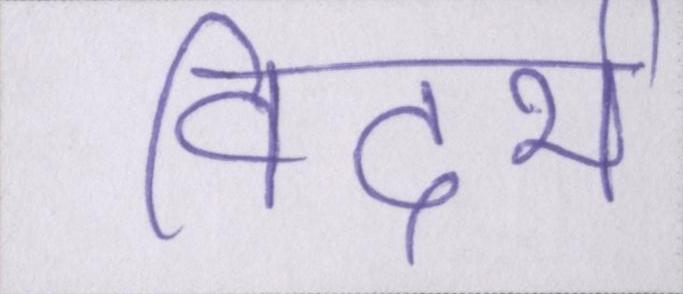
विदर्भ